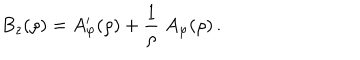
B _ { z } ( \rho ) = A _ { \varphi } ^ { \prime } ( \rho ) + { \frac { 1 } { \rho } } \; A _ { \varphi } ( \rho ) \, .